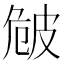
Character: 𤿡